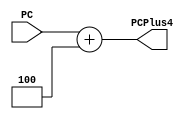
module adder_PC4(PC, PCPlus4);
    input [31:0] PC;
    output [31:0] PCPlus4;
    wire co;
    assign {co,PCPlus4} = PC + 32'd4;
endmodule